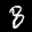
Label: 8